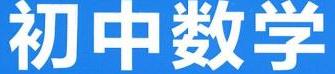
初中数学